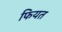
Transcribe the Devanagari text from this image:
फियत